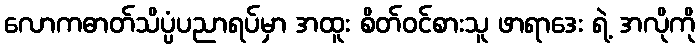
လောကဓာတ်သိပ္ပံပညာရပ်မှာ အထူး စိတ်ဝင်စားသူ ဖာရာဒေး ရဲ့ အလိုကို